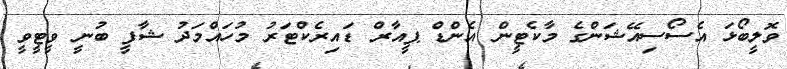
ވޮލީބޯޅަ އެސޯސިއޭޝަންގެ މާކެޓީން އެންޑް ޕީއާރް ޑައިރެކްޓަރު މުހައްމަދު ޝާފީ ބުނީ ވީޓީވީ